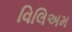
વિલિઅમ